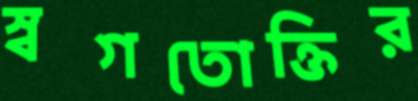
স্বগতোক্তির